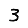
Digit: 3